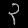
Digit: ၃